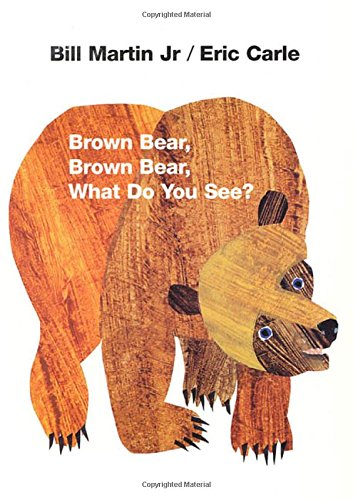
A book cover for Brown Bear, Brown Bear, What Do You See?; Bill Martin Jr.; Children's Books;